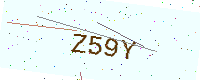
Text: Z59Y